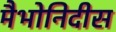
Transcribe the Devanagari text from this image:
मैभोनिदीस